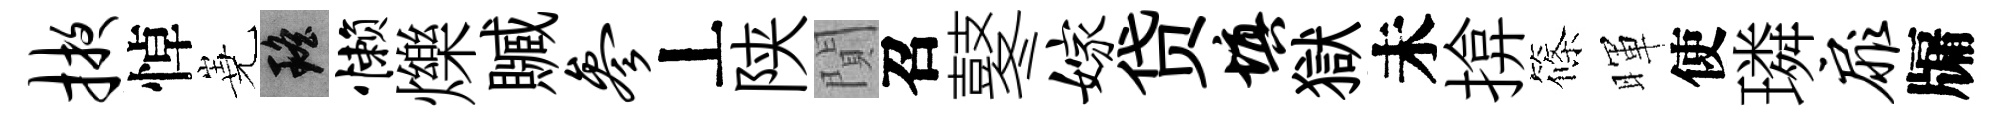
掖悼嶤瑶懒爍贓参丄陕閴召鼕嫁贷填獄未揜篠暉使璘扉牖